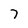
Character: 7